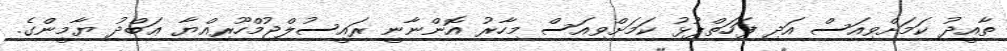
ތާއީދު ކަމަށްވިއަސް އަދި ފަހަތްޕުޅު ކަމަށްވިއަސް މިހާރު އޮންނާނީ ރައީސުލްޖުމްހޫރިއްޔާ ޢަބްދު ޔާމީންގެ.